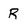
Character: R